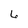
Character: 6